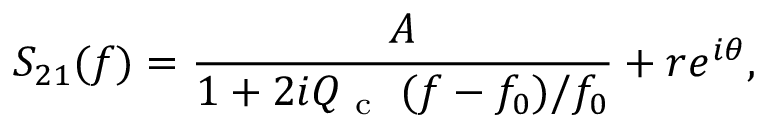
S _ { 2 1 } ( f ) = \frac { A } { 1 + 2 i \ensuremath { Q _ { \mathrm { ~ c ~ } } } \; ( f - f _ { 0 } ) / f _ { 0 } } + r e ^ { i \theta } ,